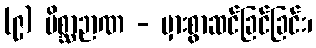
(၉) မိစ္ဆာဉာဏ - မှားစွာဆင်ခြင်ခြင်း၊